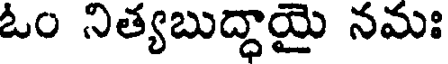
ఓం నిత్యబుద్ధాయై నమః